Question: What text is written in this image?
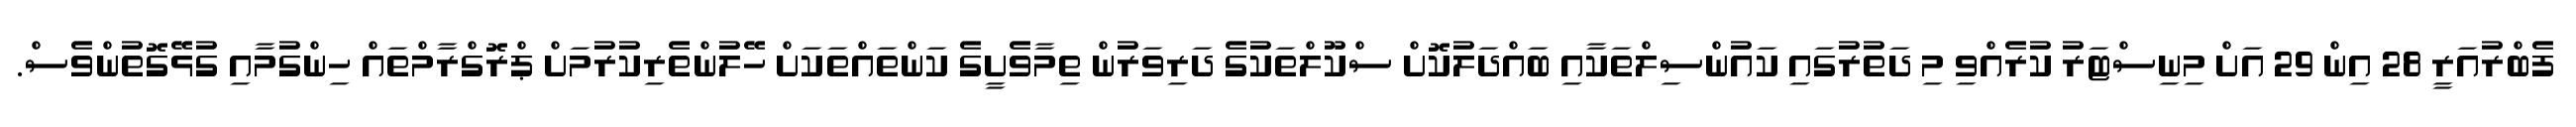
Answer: ފެބްރުއަރީ 28 އިން 29 އަށް މިނިސްޓަރު ކުރެއްވި މި ދަތުރުގައި ކައުންސިލްތަކާއި ބައްދަލުކޮށް ސްކޫލްތަކުގެ ދަރިވަރުން ތިމާވެށީގެ ކަންތައްތަކަށް ހޭލުންތެރިކުރުމަށް ޕްރޮގްރާމްތައް ހިންގުމާއި ގުޅޭގޮތުންވެސް.